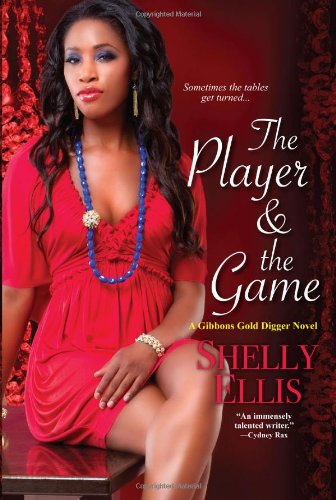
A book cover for The Player & the Game (A Gibbons Gold Digger Novel); Shelly Ellis; Mystery, Thriller & Suspense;